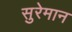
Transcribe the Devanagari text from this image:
सुरेमान